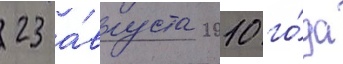
23 а́вгуста 2010 го́да